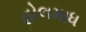
હોલમાધ